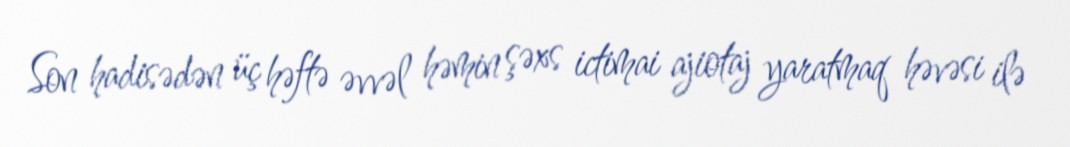
Son hadisədən üç həftə əvvəl həmin şəxs ictimai ajiotaj yaratmaq həvəsi ilə